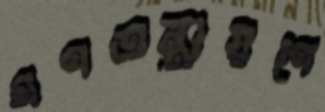
গণতন্ত্রায়ণে